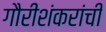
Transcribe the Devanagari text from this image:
गौरीशंकरांची